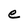
Character: e